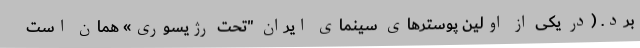
برد. (در یکی از اولین پوسترهای سینمای ایران "تحت رژیسوری» همان است